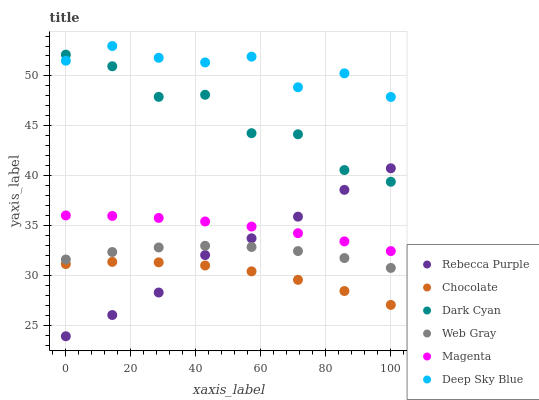
| xaxis_label | Rebecca Purple | Chocolate | Dark Cyan | Web Gray | Magenta | Deep Sky Blue |
 | --- | --- | --- | --- | --- | --- | --- |
 | 0 | 23.9 | 31.1 | 52.1 | 31.6 | 36 | 51.5 |
 | 14.3 | 26 | 31.4 | 51 | 32.4 | 36 | 53 |
 | 28.6 | 28.3 | 31.3 | 47.9 | 32.8 | 35.8 | 51.8 |
 | 42.9 | 32.1 | 31 | 48.1 | 33 | 35.4 | 51.4 |
 | 57.1 | 33.7 | 30.4 | 44.3 | 32.9 | 34.9 | 51.9 |
 | 71.4 | 35.9 | 29.6 | 44.2 | 32.5 | 34.2 | 48.9 |
 | 85.7 | 38.6 | 28.4 | 40.6 | 31.8 | 33.4 | 50.3 |
 | 100 | 40.7 | 27.1 | 39.4 | 30.8 | 32.5 | 47.9 |